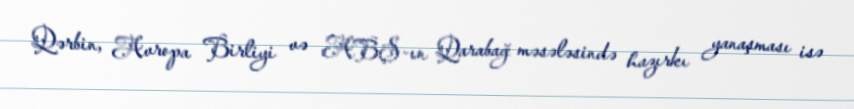
Qərbin, Avropa Birliyi və ABŞ-ın Qarabağ məsələsində hazırkı yanaşması isə